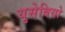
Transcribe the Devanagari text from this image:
युसेबियो